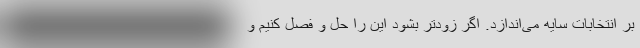
بر انتخابات سایه می‌اندازد. اگر زودتر بشود این را حل و فصل کنیم و